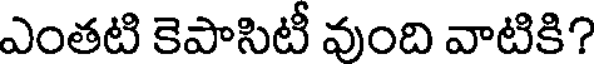
ఎంతటి కెపాసిటీ వుంది వాటికి?